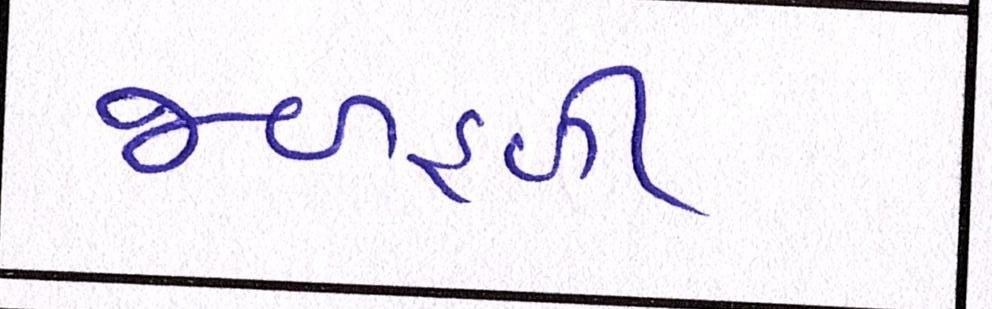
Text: જળહળી